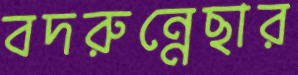
বদরুন্নেছার